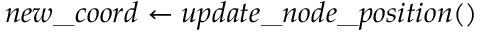
n e w \textunderscore c o o r d \gets u p d a t e \textunderscore n o d e \textunderscore p o s i t i o n ( )